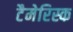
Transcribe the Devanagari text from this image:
टैमेरिस्क